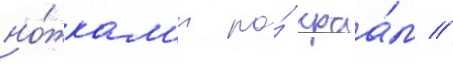
но́жкам'и по́ краа́м //